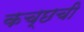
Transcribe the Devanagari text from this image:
कच्छची